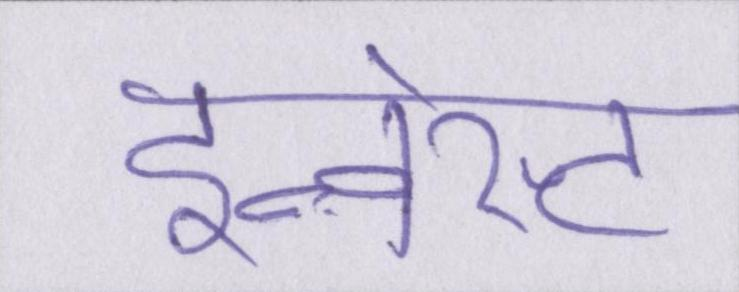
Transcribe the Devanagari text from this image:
इन्वेस्ट